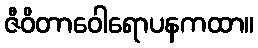
ဇီဝိတာဝေါရောပနကထာ။